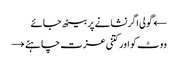
← گولی اگر نشانے پر بیٹھ جائے
ووٹ کو اور کتنی عزت چاہئے →